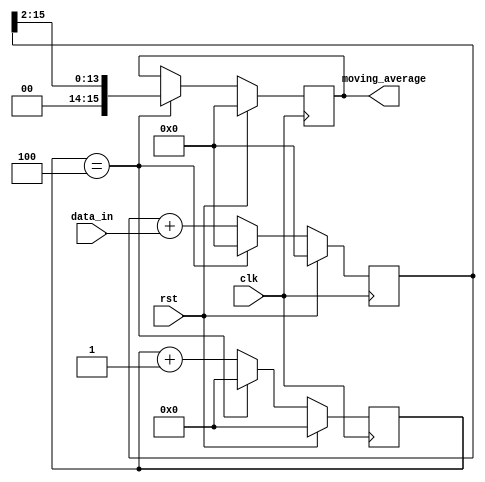
module moving_average_accumulator(
    input wire clk,
    input wire rst,
    input wire [7:0] data_in,
    output reg [15:0] moving_average
);

reg [15:0] sum = 0;
reg [3:0] count = 0;

always @(posedge clk) begin
    if (rst) begin
        sum <= 0;
        count <= 0;
        moving_average <= 0;
    end else begin
        sum <= sum + data_in;
        count <= count + 1;
        
        if (count == 4) begin
            moving_average <= sum >> 2;
            sum <= 0;
            count <= 0;
        end
    end
end

endmodule